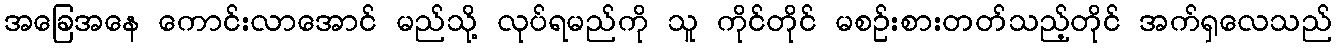
အခြေအနေ ကောင်းလာအောင် မည်သို့ လုပ်ရမည်ကို သူ ကိုင်တိုင် မစဉ်းစားတတ်သည့်တိုင် အက်ရှလေသည်